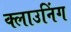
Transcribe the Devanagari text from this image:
क्लाउनिंग